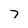
Character: 7